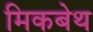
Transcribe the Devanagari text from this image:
मिकबेथ